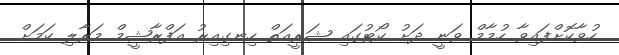
ހުވާކޮށްފައިވާ ހުމާމް ވަނީ ދަށު ކޯޓުގައި ޝަރީއަތް ހިނގިއިރު އަފްރާޝީމް މަރާލި ކަމަށް